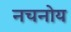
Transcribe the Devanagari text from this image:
नचनोय